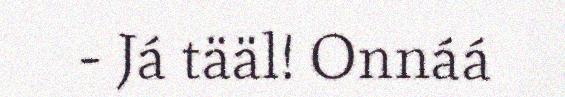
- Já tääl! Onnáá